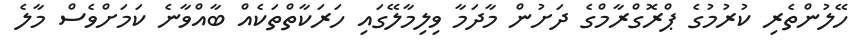
ހޭލުންތެރި ކުރުމުގެ ޕްރޮގްރާމްގެ ދަށުން މާދަމާ ވިލިމާލޭގައި ހަރަކާތްތަކެއް ބާއްވާނެ ކަމަށްވެސް މާލެ